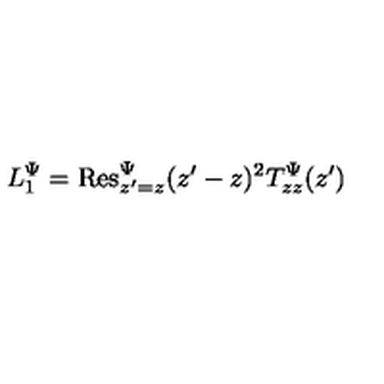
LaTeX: L _ { 1 } ^ { \Psi } = \mathrm { R e s } _ { z ^ { \prime } = z } ^ { \Psi } ( z ^ { \prime } - z ) ^ { 2 } T _ { z z } ^ { \Psi } ( z ^ { \prime } )